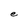
Character: e